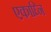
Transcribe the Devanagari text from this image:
एकाघ्नि